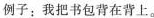
例子：我把书包背在背上。